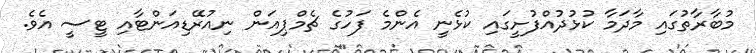
މުބާރާތުގައި މާދަމާ ކުޅުދުއްފުށީގައި ކުޅެނީ އެންމެ ފަހުގެ ޗެމްޕިއަން ނިއުރޭޑިއަންޓާއި ޓީސީ އެވެ.